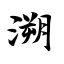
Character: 溯